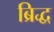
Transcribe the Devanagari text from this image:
ब्रिद्ध